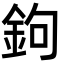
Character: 鉤